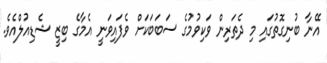
އޭނާ ބުނިގޮތުގައި މި ދެތަރިން ވަކިވުމުގެ ސަބަބަކަށް ވެފައިވަނީ އެމާގެ ބިޒީ ޝެޑިއުލްއެވެ.